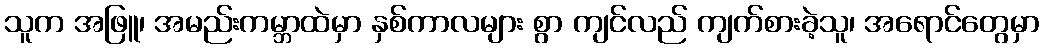
သူက အဖြူ၊ အမည်းကမ္ဘာထဲမှာ နှစ်ကာလများ စွာ ကျင်လည် ကျက်စားခဲ့သူ၊ အရောင်တွေမှာ